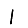
Digit: 1